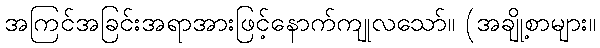
အကြင်အခြင်းအရာအားဖြင့်နောက်ကျုလသော်။ (အချို့စာများ။